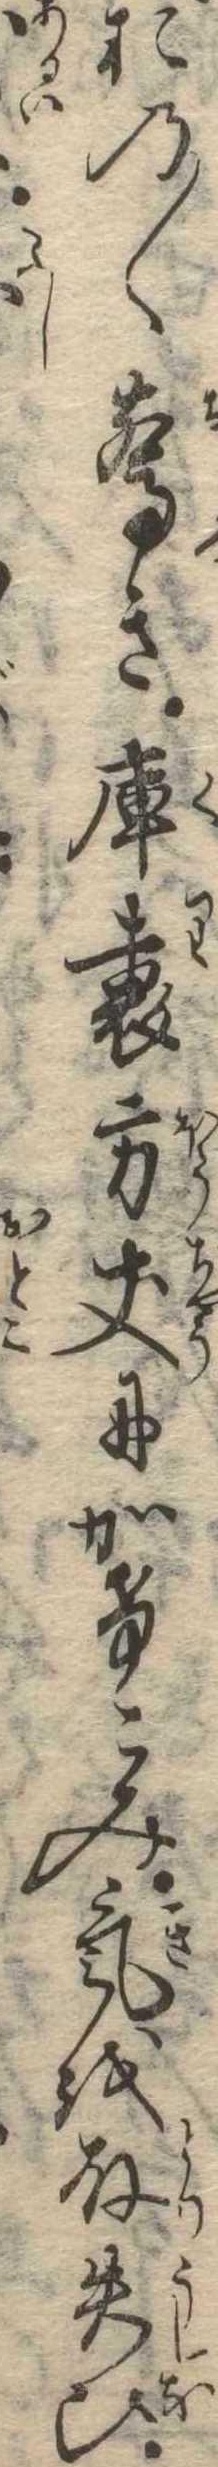
おの〱驚き庫裏方丈にかけこみ気を取失ひ